Annual statistical returns and brief notes on vaccination in Bengal - 1887-1898
Year: 1887
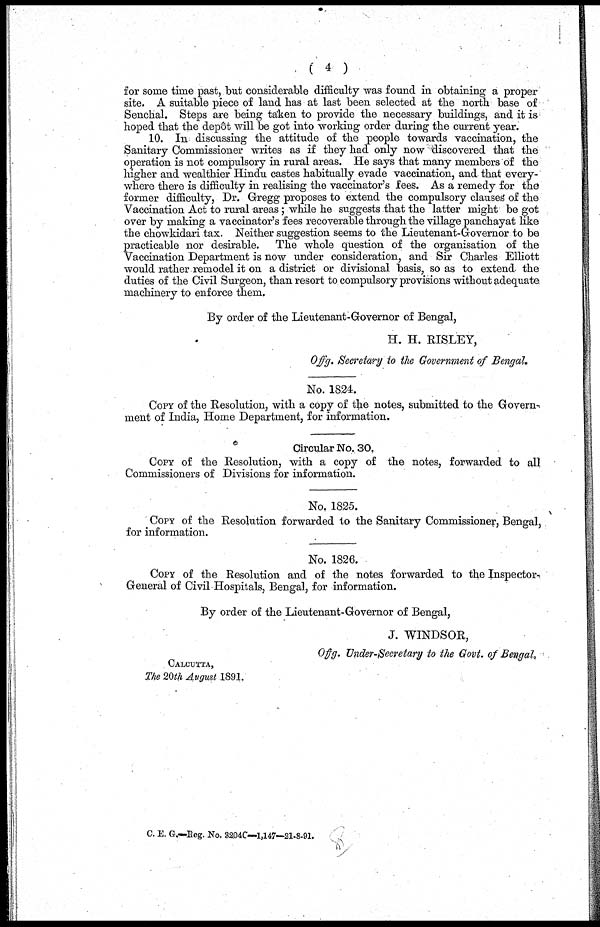
( 4 )
for some time past, but considerable difficulty was found in obtaining a proper
site. A suitable piece of land has at last been selected at the north base of
Senchal. Steps are being taken to provide the necessary buildings, and it is
hoped that the depôt will be got into working order during the current year.
10. In discussing the attitude of the people towards vaccination, the
Sanitary Commissioner writes as if they had only now discovered that the
operation is not compulsory in rural areas. He says that many members of the
higher and wealthier Hindu castes habitually evade vaccination, and that every-
where there is difficulty in realising the vaccinator's fees. As a remedy for the
former difficulty, Dr. Gregg proposes to extend the compulsory clauses of the
Vaccination Act to rural areas ; while he suggests that the latter might be got
over by making a vaccinator's fees recoverable through the village panchayat like
the chowkidari tax. Neither suggestion seems to the Lieutenant-Governor to be
practicable nor desirable. The whole question of the organisation of the
Vaccination Department is now under consideration, and Sir Charles Elliott
would rather remodel it on a district or divisional basis, so as to extend the
duties of the Civil Surgeon, than resort to compulsory provisions without adequate
machinery to enforce them.
By order of the Lieutenant-Governor of Bengal,
H. H. RISLEY,
Offg. Secretary to the Government of Bengal,
No. 1824.
COPY of the Resolution, with a copy of the notes, submitted to the Govern¬
ment of India, Home Department, for information.
Circular No. 30.
COPY of the Resolution, with a copy of the notes, forwarded to all
Commissioners of Divisions for information.
No. 1825.
COPY of the Resolution forwarded to the Sanitary Commissioner, Bengal,
for information.
No. 1826.
COPY of the Resolution and of the notes forwarded to the Inspector-
General of Civil Hospitals, Bengal, for information.
By order of the Lieutenant-Governor of Bengal,
J. WINDSOR,
Offg. Under-Secretary to the Govt. of Bengal.
CALCUTTA,
The 20th August 1891.
C. E. G.—Reg. No. 3204C—1,147—21-8-91.